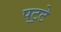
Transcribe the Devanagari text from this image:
पट॒टे